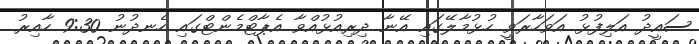
ސައީދު އަލިފުޅު އަވަހާރަވީ ހުޅުމާލޭގައި އޭނާ ދިރިއުޅުއްވާ އެޕާޓްމެންޓްގައި ހެނދުނު 9:30 ހާއިރު